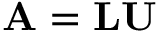
\mathbf { A } = \mathbf { L U }